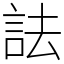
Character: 詓